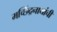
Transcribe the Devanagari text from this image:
मच्छिंद्रनाथांची